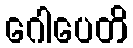
ဂေါပေတိ